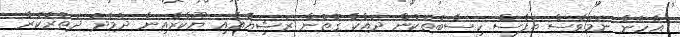
އެހެން ނަމަވެސް ތަފާސް ހިސާބުތަކުން ދައްކާ ގޮތުން ރަޝިޔާއާއި ޔޫކްރެއިނާ ދެމެދު ދަތުރުކުރާ